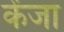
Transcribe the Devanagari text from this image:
केंजा